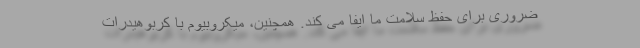
ضروری برای حفظ سلامت ما ایفا می کند. همچنین، میکروبیوم با کربوهیدرات